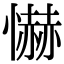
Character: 懗